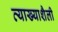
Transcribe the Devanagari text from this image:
व्याख्याशैली